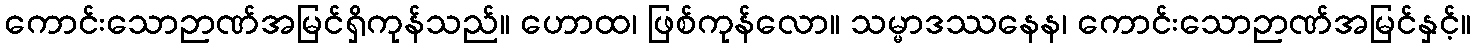
ကောင်းသောဉာဏ်အမြင်ရှိကုန်သည်။ ဟောထ၊ ဖြစ်ကုန်လော။ သမ္မာဒဿနေန၊ ကောင်းသောဉာဏ်အမြင်နှင့်။